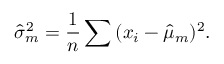
{ \widehat { \sigma } } _ { m } ^ { 2 } = { \frac { 1 } { n } } \sum { ( x _ { i } - { \widehat { \mu } } _ { m } ) ^ { 2 } } .